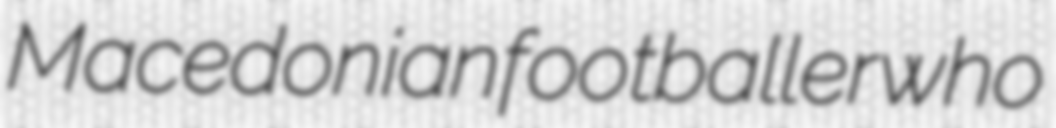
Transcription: Macedonian footballer who